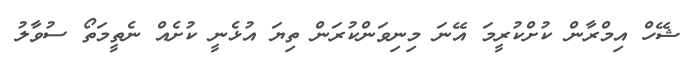
ޝޭހް އިމްރާން ކުށްކުރީމަ އޭނަ މިނިވަންކުރަން ތިޔަ އުޅެނީ ކުށެއް ނެތީމަތޯ ސުވާލު